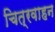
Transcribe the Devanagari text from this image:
चित्रवाहन